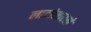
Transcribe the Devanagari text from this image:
लाटांसारखे